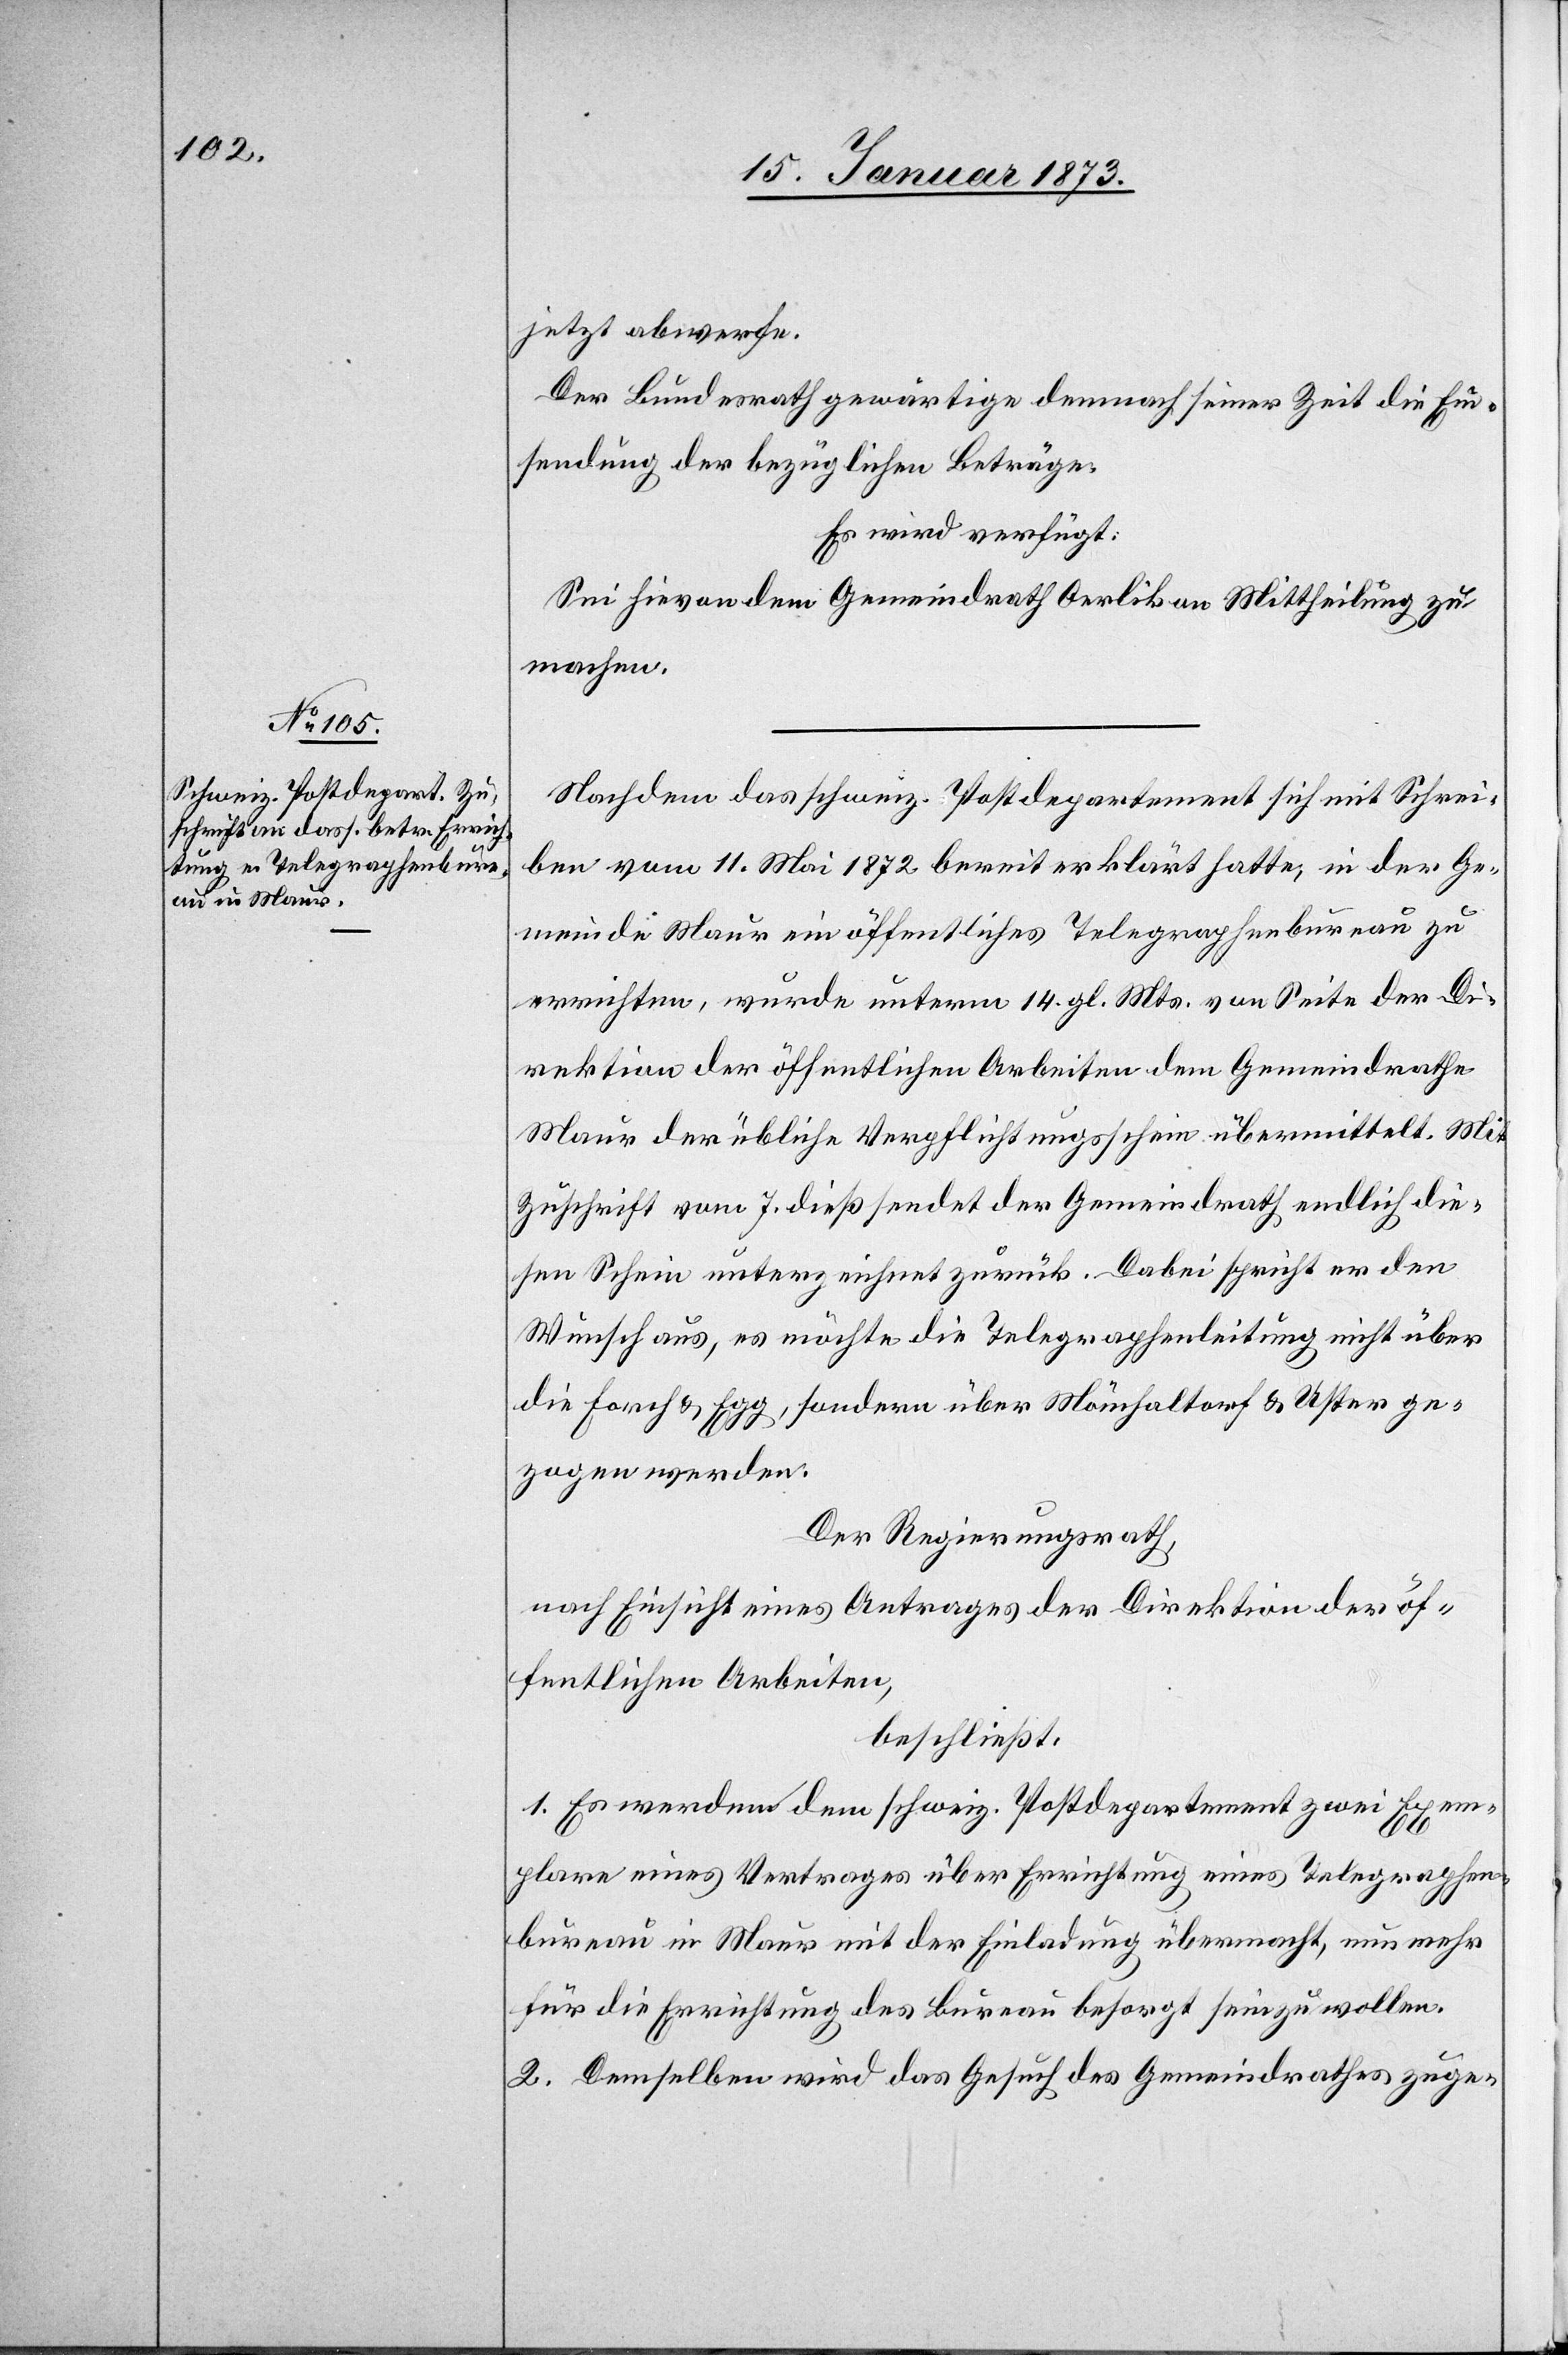
15. Januar 1873.]
jetzt abwerfe.
Der Bundesrath gewärtige demnach seiner Zeit die Ein¬
sendung der bezüglichen Beträge.
So wird verfügt:
Sei hieran dem Gemeindrath Oerlikon Mittheilung zu
machen.
Nachdem das schweiz. Postdepartement sich mit Schrei¬
ben vom 11. Mai 1872 bereit erklärt hatte, in der Ge¬
meinde Maur ein öffentliches Telegraphenbureau zu
errichten, wurde unterm 13. gl. Mts. von Seite der Di¬
rektion der öffentlichen Arbeiten dem Gemeindrathe
Maur der übliche Verpflichtungsschein übermittelt. Mit
Zuschrift vom 7. dieß sendet der Gemeindrath endlich die¬
sen Schein unterzeichnet zurück. Dabei spricht er den
Wunsch aus, es möchte die Telegraphenleitung nicht über
die Forch u. Egg. sondern über Mönchaltdorf u. Uster ge¬
zogen werden.
Der Regierungsrath,
nach Einsicht eines Antrages der Direktion der öf¬
fentlichen Arbeiten,
beschliesst:
1. Es werden dem schweiz. Postdepartement zwei Exem¬
plare eines Vertrages über Errichtung eines Telegraphen¬
bureau in Maur mit der Einladung übermacht, nunmehr
für die Errichtung des Bureau besorgt sein zu wollen.
2. Demselben wird das Gesuch des Gemeindrathes zuge-